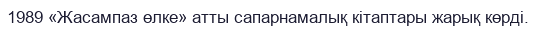
1989 «Жасампаз өлке» атты сапарнамалық кітаптары жарық көрді.